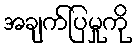
အချက်ပြမှုကို